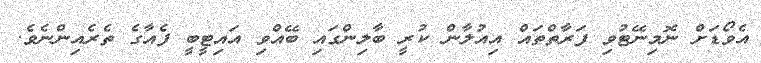
އެވޯޑަށް ނޮމިނޭޓުވި ފަރާތްތައް އިއުލާން ކުރީ ބާލިންގައި ބޭއްވި އައިޓީބީ ފެއާގެ ތެރެއިންނެވެ.